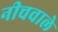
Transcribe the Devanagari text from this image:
नीचवाले